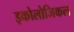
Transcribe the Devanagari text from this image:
इकोलोजिकल